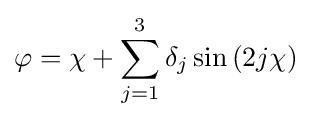
\varphi =\chi +\sum _{j=1}^{3}\delta _{j}\sin \left(2j\chi \right)